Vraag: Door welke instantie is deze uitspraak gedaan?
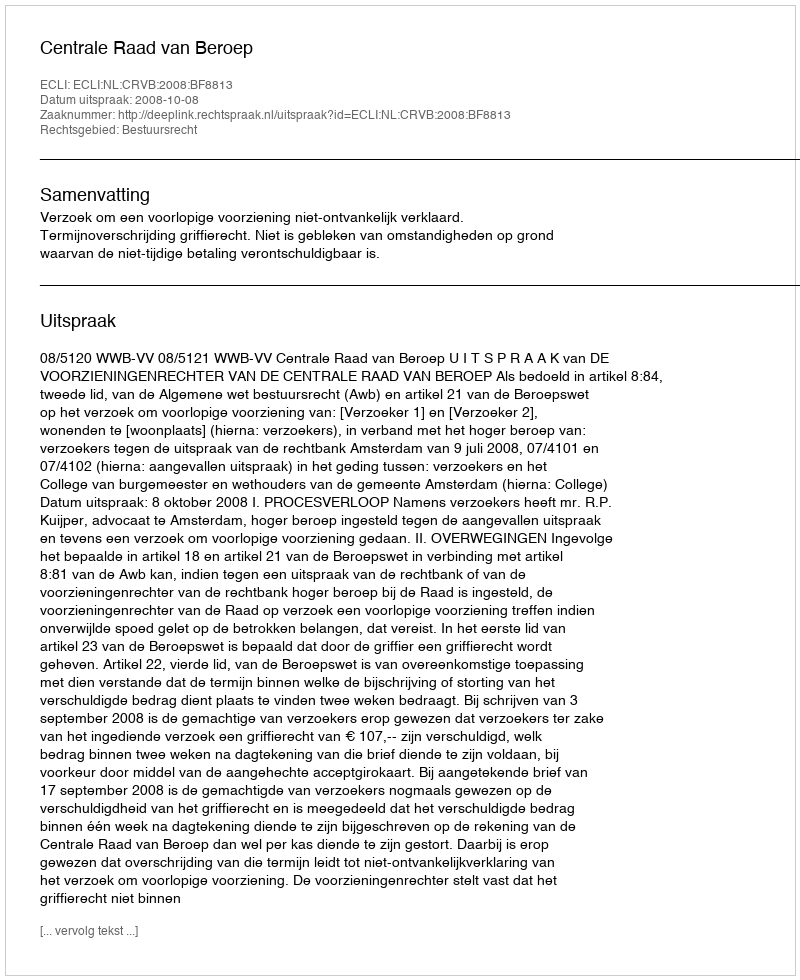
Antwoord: Centrale Raad van Beroep